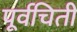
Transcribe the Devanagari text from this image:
पूर्वचिती